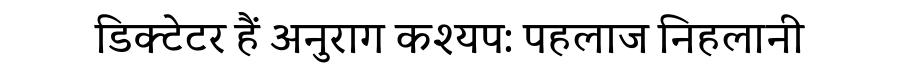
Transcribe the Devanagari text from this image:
डिक्टेटर हैं अनुराग कश्यप: पहलाज निहलानी